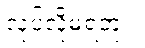
လုပ်လို့မရဘူး။